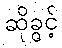
ဆိုခွင့်